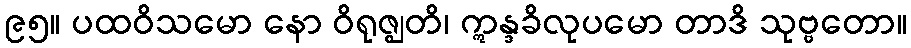
၉၅။ ပထဝိသမော နော ဝိရုဇ္ဈတိ၊ ဣန္ဒခိလုပမော တာဒိ သုဗ္ဗတော။